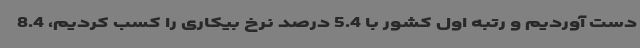
دست آوردیم و رتبه اول کشور با 5.4 درصد نرخ بیکاری را کسب کردیم، 8.4